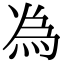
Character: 𫞟